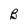
Character: B